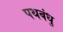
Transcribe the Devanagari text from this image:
पथबंधु